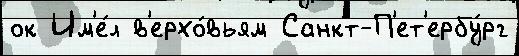
ок Им'е́л в'ерхо́вьям Санкт-П'ет'ербу́рг